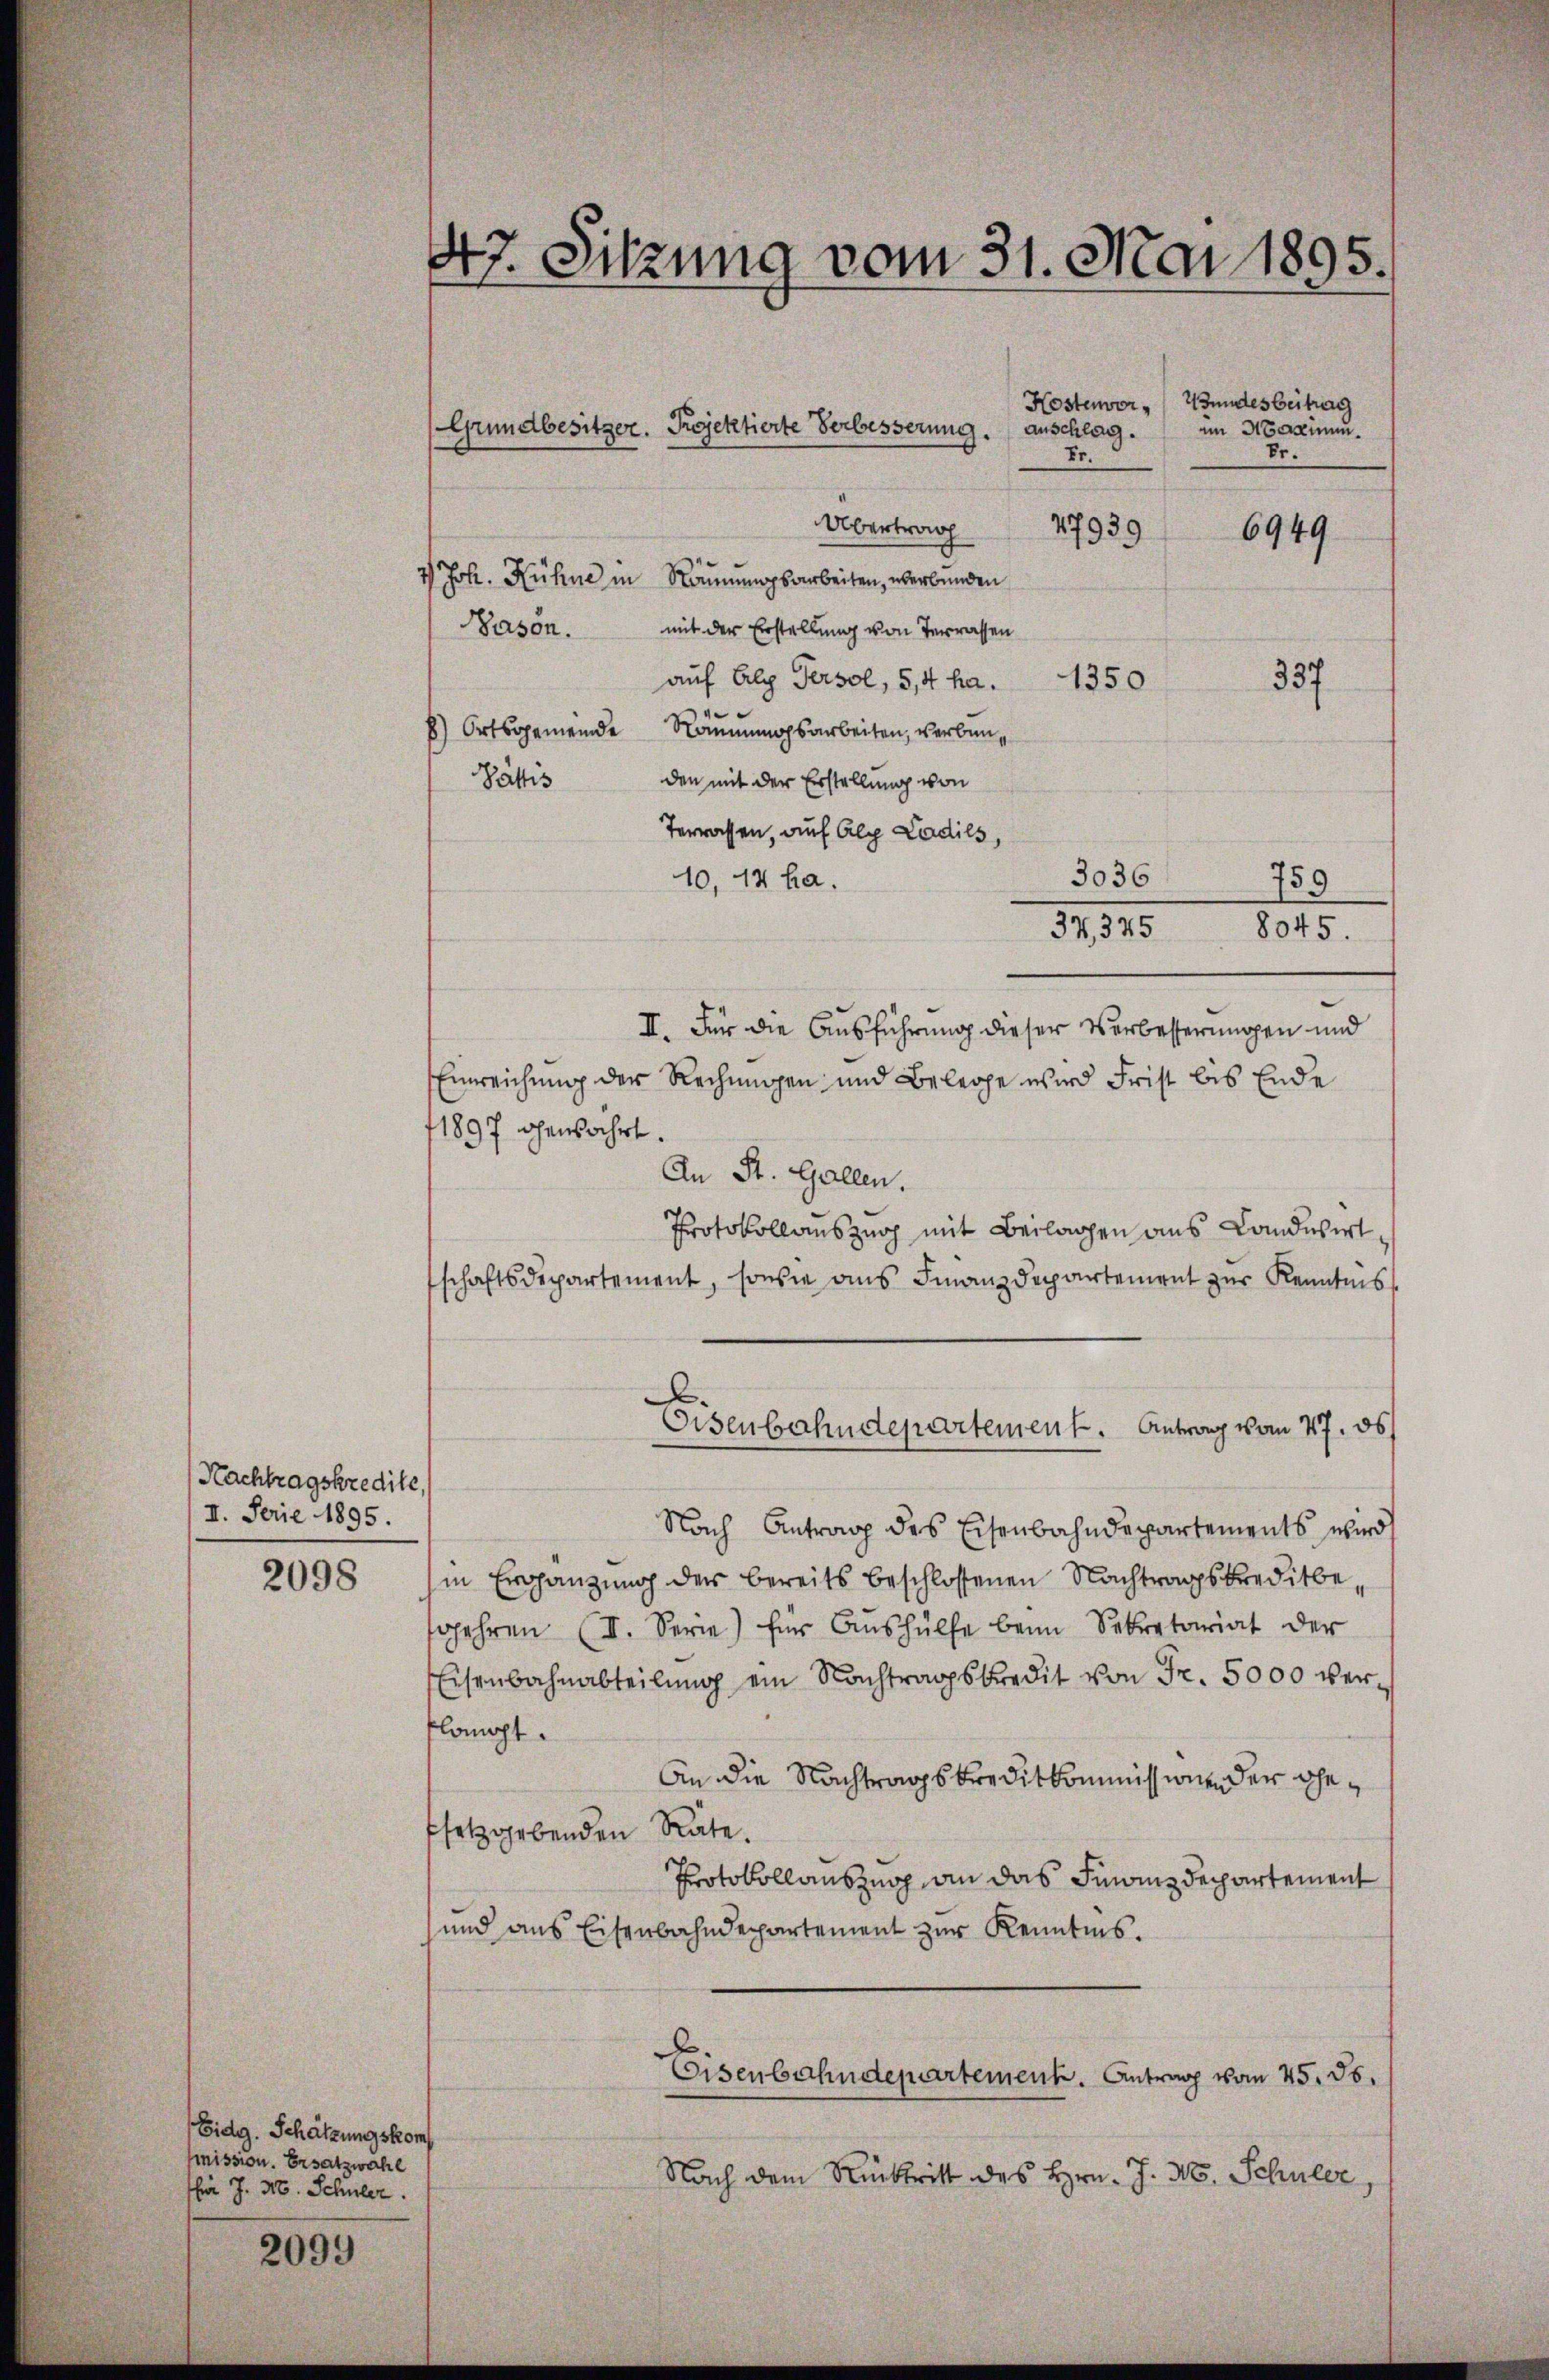
Nachtragskredite,
II. Ferie 1895.

2098

Eidg. Schätzungskom
mission. Ersatzwahl
ffür J. H. Schuler.

2099

47. Sitzung vom 31. Mai 1895.

Übertrag
77939
6949
4) Joh. Hühne in Räumungsarbeiten, überbunden
Pason. mit der Erstellung von Terrassen
auf Alg Persol, 5,4 ha. 1350.
337
) Ortsgemeinde Räumungsarbeiten, verbunden mit der Erstellung von
Pättis
Terrassen, auf Alg Ladils,
10,14 ha.
759
37,325 8045.
II. Für die Ausführung dieser Verbesserungen und
Einreichung der Rechungen und Belege wird Frist bis Ende
1897 gewahrt.
An St. Gallen.
Protokollauszug mit Beilagen aus Landwirt
schaftsdepartement, sowie aus Finanzdepartement zur Kenntnis
Eisenbahndepartement. Antrag vom 27. ds
Nach Antrag des Eisenbahndepartements wird
in Ergänzung der bereits beschlossenen Nachtragskreditbegehren (II. Serie) für Aŭshülfe beim Sekretariat der
Eisenbahnabteilung ein Nachtragskredit von Fr. 5000 verflangt.
An die Nachtragskreditkommissionen der Gefsetzgebenden Rate.
Protokollauszug an das Finanzdepartement
und aus Eisenbahndepartement zur Kenntnis.
Eisenbahndepartement. Antrag vom 45. 36.
Nach dem Rücktritt des Hrn. J. M. Schuler,

Grundbesitzer. Projektierte Verbesserung. anschlag. in Mersemen¬

Fr.

3036

Kostenvor-Wundes Beitrag
br.